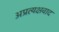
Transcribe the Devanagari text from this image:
अप्रत्यक्षवाद